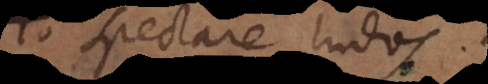
το spectare ludos.